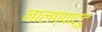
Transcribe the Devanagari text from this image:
नालप्पाट्टु